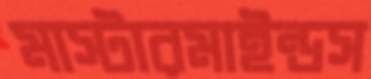
মাস্টারমাইন্ডস